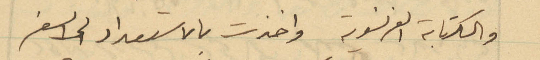
والكتابة الفرنسوية واخذت بالاستعداد الى السفر